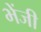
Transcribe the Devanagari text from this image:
भेंजी